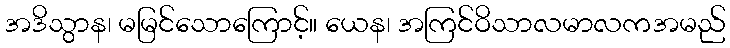
အဒိသွာန၊ မမြင်သောကြောင့်။ ယေန၊ အကြင်ဝိသာလမာလကအမည်